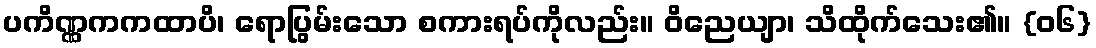
ပကိဏ္ဏကကထာပိ၊ ရောပြွမ်းသော စကားရပ်ကိုလည်း။ ဝိညေယျာ၊ သိထိုက်သေး၏။ {၀၆}